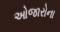
ઓજારોના